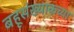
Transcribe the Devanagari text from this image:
बहूसंख्याकच्या